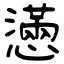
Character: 懣